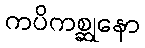
ကပိကစ္ဆုနော